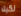
لكيلا